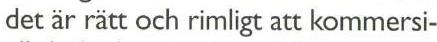
det är rätt och rimligt att kommersi-